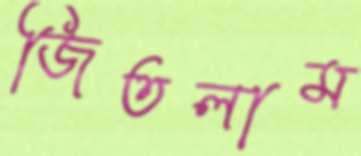
জিতলাম